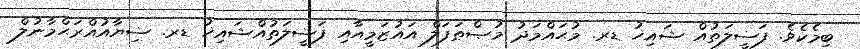
ބިމެކެވެ. ފަޟީލަތުއް ޝައިޚު ޑރ. މުޙައްމަދު މުޞްޠަފަލް އައުޒަމީއާއި ފަޟީލަތުއްޝައިޚު ޑރ. ޟިޔާއުއްރަޙްމާނުލް